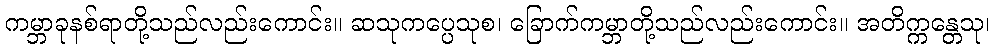
ကမ္ဘာခုနစ်ရာတို့သည်လည်းကောင်း။ ဆသုကပ္ပေသုစ၊ ခြောက်ကမ္ဘာတို့သည်လည်းကောင်း။ အတိက္ကန္တေသု၊